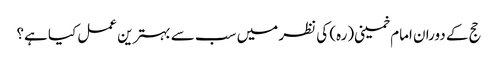
حج کے دوران امام خمینی(رہ) کی نظر میں سب سے بہترین عمل کیا ہے؟